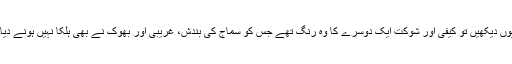
یوں دیکھیں تو کیفی اور شوکت ایک دوسرے کا وہ رنگ تھے جس کو سماج کی بندش، غریبی اور بھوک نے بھی ہلکا نہیں ہونے دیا۔